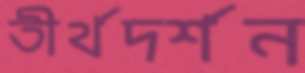
তীর্থদর্শন